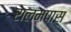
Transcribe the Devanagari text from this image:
रालमपास